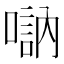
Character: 𠽆